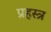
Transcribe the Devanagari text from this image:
प्रहस्त्र